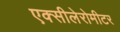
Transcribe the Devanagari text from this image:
एक्सीलेरोमीटर